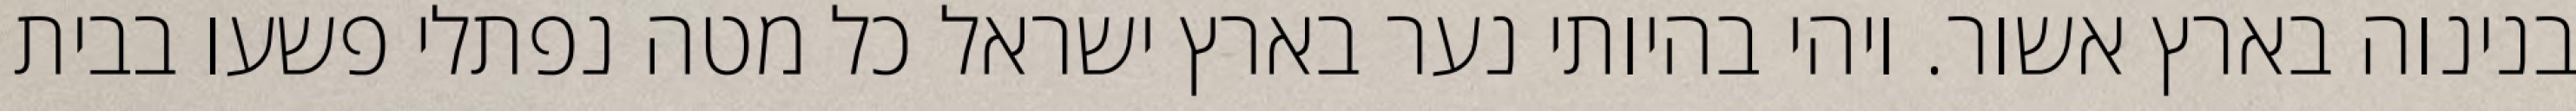
בנינוה בארץ אשור. ויהי בהיותי נער בארץ ישראל כל מטה נפתלי פשעו בבית